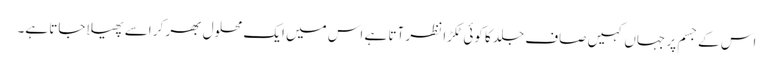
اس کے جسم پر جہاں کہیں صاف جلد کا کوئی ٹکڑا نظر آتا ہے اس میں ایک محلول بھر کر اسے پھیلا جاتا ہے۔